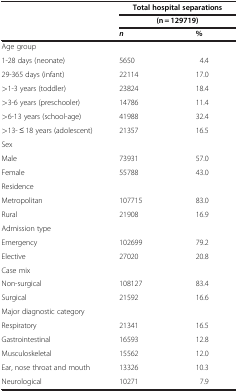
<table><thead><tr><td rowspan="2"><b> </b></td><td colspan="2"><b>Total hospital separations</b></td></tr><tr><td colspan="2"><b>(n = 129719)</b></td></tr></thead><tbody><tr><td> </td><td><b><i>n</i></b></td><td><b>%</b></td></tr><tr><td>Age group</td><td> </td><td> </td></tr><tr><td>1-28 days (neonate)</td><td>5650</td><td>4.4</td></tr><tr><td>29-365 days (infant)</td><td>22114</td><td>17.0</td></tr><tr><td>&gt;1-3 years (toddler)</td><td>23824</td><td>18.4</td></tr><tr><td>&gt;3-6 years (preschooler)</td><td>14786</td><td>11.4</td></tr><tr><td>&gt;6-13 years (school-age)</td><td>41988</td><td>32.4</td></tr><tr><td>&gt;13- ≤ 18 years (adolescent)</td><td>21357</td><td>16.5</td></tr><tr><td>Sex</td><td> </td><td> </td></tr><tr><td>Male</td><td>73931</td><td>57.0</td></tr><tr><td>Female</td><td>55788</td><td>43.0</td></tr><tr><td>Residence</td><td> </td><td> </td></tr><tr><td>Metropolitan</td><td>107715</td><td>83.0</td></tr><tr><td>Rural</td><td>21908</td><td>16.9</td></tr><tr><td>Admission type</td><td> </td><td> </td></tr><tr><td>Emergency</td><td>102699</td><td>79.2</td></tr><tr><td>Elective</td><td>27020</td><td>20.8</td></tr><tr><td>Case mix</td><td> </td><td> </td></tr><tr><td>Non-surgical</td><td>108127</td><td>83.4</td></tr><tr><td>Surgical</td><td>21592</td><td>16.6</td></tr><tr><td colspan="2">Major diagnostic category</td><td> </td></tr><tr><td>Respiratory</td><td>21341</td><td>16.5</td></tr><tr><td>Gastrointestinal</td><td>16593</td><td>12.8</td></tr><tr><td>Musculoskeletal</td><td>15562</td><td>12.0</td></tr><tr><td>Ear, nose throat and mouth</td><td>13326</td><td>10.3</td></tr><tr><td>Neurological</td><td>10271</td><td>7.9</td></tr></tbody></table>